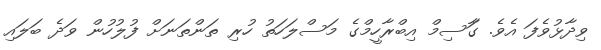
ވިދާޅުވެފަ އެވެ. ގާަސިމް އިބްރާހީމްގެ މަސްލަހަތު ހުރި ތަންތަނަށް ފުލުހުން ވަދެ ބަލައި